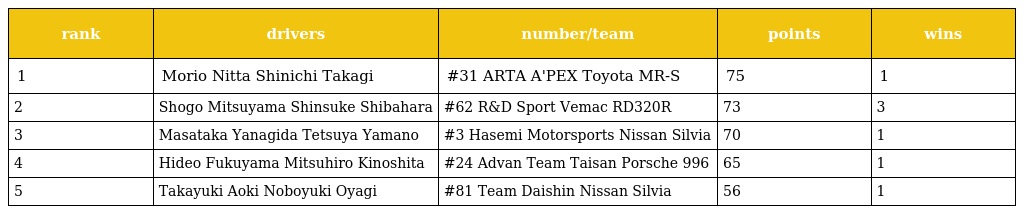
| rank | drivers | number/team | points | wins |
 | --- | --- | --- | --- | --- |
 | 1 | Morio Nitta Shinichi Takagi | #31 ARTA A'PEX Toyota MR-S | 75 | 1 |
 | 2 | Shogo Mitsuyama Shinsuke Shibahara | #62 R&D Sport Vemac RD320R | 73 | 3 |
 | 3 | Masataka Yanagida Tetsuya Yamano | #3 Hasemi Motorsports Nissan Silvia | 70 | 1 |
 | 4 | Hideo Fukuyama Mitsuhiro Kinoshita | #24 Advan Team Taisan Porsche 996 | 65 | 1 |
 | 5 | Takayuki Aoki Noboyuki Oyagi | #81 Team Daishin Nissan Silvia | 56 | 1 |